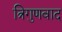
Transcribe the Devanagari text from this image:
त्रिगुणवाद